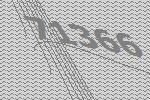
71366